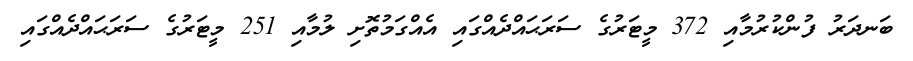
ބަނދަރު ފުންކުރުމާއި 372 މީޓަރުގެ ސަރަޙައްދެއްގައި އެއްގަމުތޮށި ލުމާއި 251 މީޓަރުގެ ސަރަޙައްދެއްގައި